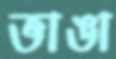
ভাঙা